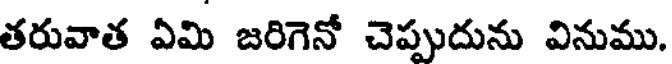
తరువాత ఏమి జరిగెనో చెప్పుదును వినుము.